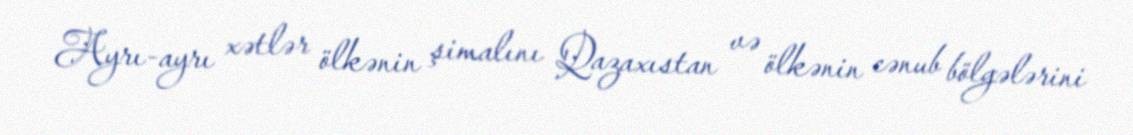
Ayrı-ayrı xətlər ölkənin şimalını Qazaxıstan və ölkənin cənub bölgələrini